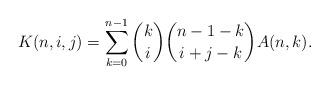
LaTeX: \begin{align*} K(n,i,j) = \sum_{k=0}^{n-1}\binom{k}{i}\binom{n-1-k}{i+j-k}A(n,k). \end{align*}